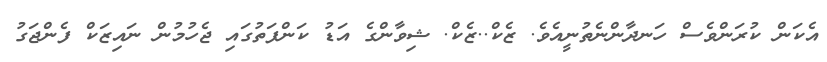
އެކަން ކުރަންވެސް ހަނދާންނެތުނީއެވެ. ޒެކް..ޒެކް. ޝިވާންގެ އަޑު ކަންފަތުގައި ޖެހުމުން ނައިޒަކް ފެންޖަގު